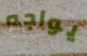
يواجه